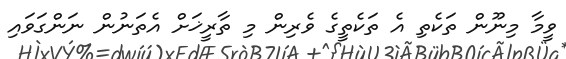
ވީމާ މިނޫން ތަކެތި އެ ތަކެތީގެ ވެރިން މި ތާރީޚަށް އެތަނުން ނަންގަވައި